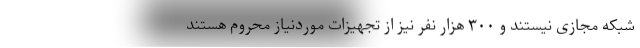
شبکه مجازی نیستند و ۳۰۰ هزار نفر نیز از تجهیزات موردنیاز محروم هستند